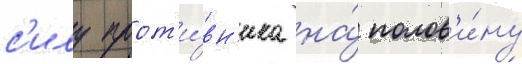
с'илу прот'и́вн'ика на́ полов'и́ну